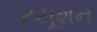
ટયૂશન